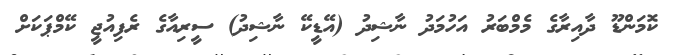
ކޮމަންޑޫ ދާއިރާގެ މެމްބަރު އަހުމަދު ނާޝިދު (އޭޑީކޭ ނާޝިދު) ސީރިއާގެ ރެފިއުޖީ ކޭމްޕަކަށް